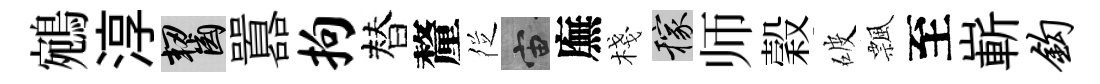
鵷淳齧囂拘替釐徔宙廡棧稼师穀破飄至嶄钩